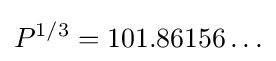
P^{1/3}=101.86156\ldots